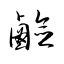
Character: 鹸